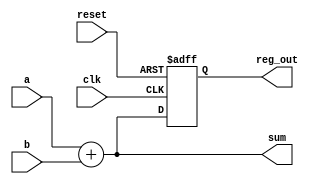
module example_design (
    input wire clk,           // Clock input
    input wire reset,         // Reset input
    input wire [3:0] a,      // 4-bit input
    input wire [3:0] b,      // 4-bit input
    output reg [3:0] sum,     // 4-bit output for sum
    output reg [3:0] reg_out  // 4-bit output for registered value
);

// Combinational Logic: Calculate sum of a and b
always @* begin
    sum = a + b;            // Continuous assignment based on inputs a and b
end

// Sequential Logic: Register output on rising edge of clock
always @ (posedge clk or posedge reset) begin
    if (reset) begin
        reg_out <= 4'b0000; // Reset registered output to 0
    end else begin
        reg_out <= sum;     // Register the value of sum on clock edge
    end
end

endmodule